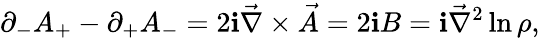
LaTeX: \partial_{-}A_{+}-\partial_{+}A_{-}=2\mathbf{i}\vec{{\nabla}}\times{\vec{{A}}}=2\mathbf{i}B=\mathbf{i}\vec{{\nabla}}^{2}\ln\rho,